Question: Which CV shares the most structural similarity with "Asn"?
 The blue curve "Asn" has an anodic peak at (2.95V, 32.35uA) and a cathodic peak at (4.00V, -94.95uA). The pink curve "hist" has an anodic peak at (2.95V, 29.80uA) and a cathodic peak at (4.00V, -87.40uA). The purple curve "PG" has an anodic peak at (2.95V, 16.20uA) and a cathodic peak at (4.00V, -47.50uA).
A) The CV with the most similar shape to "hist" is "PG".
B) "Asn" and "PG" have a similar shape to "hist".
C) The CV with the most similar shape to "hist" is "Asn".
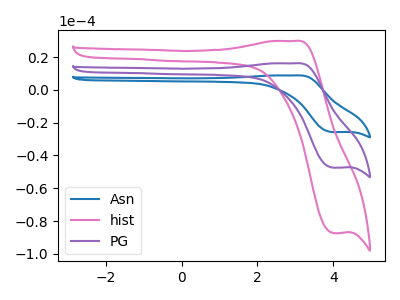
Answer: <think>All the peaks in "Asn" have a peak in "hist" at the same potential. Every peak in "Asn" is higher than every peak in "hist". All the peaks in "Asn" have a peak in "PG" at the same potential. Every peak in "Asn" is higher than every peak in "PG". All the peaks in "hist" have a peak in "PG" at the same potential. Every peak in "hist" is higher than every peak in "PG".
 </think>
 <answer>B) "Asn" and "PG" have a similar shape to "hist".</answer>
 <eval>B</eval>